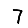
Digit: 7